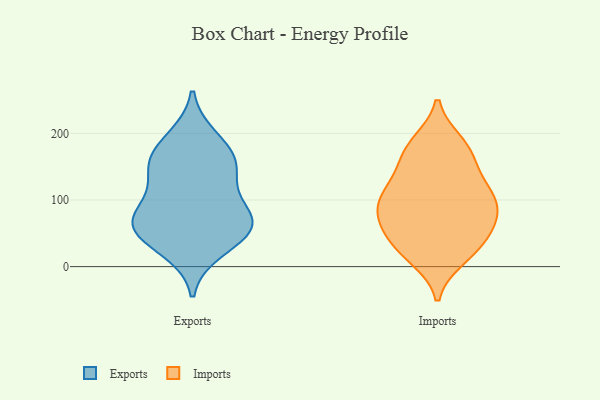
{"axis": {"x": "Active Users", "y": "Value"}, "legend": ["Exports", "Imports"], "data": [{"x": "", "y": 192, "type": "Exports"}, {"x": "", "y": 26, "type": "Exports"}, {"x": "", "y": 142, "type": "Exports"}, {"x": "", "y": 64, "type": "Exports"}, {"x": "", "y": 172, "type": "Exports"}, {"x": "", "y": 84, "type": "Exports"}, {"x": "", "y": 61, "type": "Exports"}, {"x": "", "y": 83, "type": "Exports"}, {"x": "", "y": 157, "type": "Exports"}, {"x": "", "y": 50, "type": "Exports"}, {"x": "", "y": 58, "type": "Exports"}, {"x": "", "y": 139, "type": "Exports"}, {"x": "", "y": 176, "type": "Imports"}, {"x": "", "y": 66, "type": "Imports"}, {"x": "", "y": 93, "type": "Imports"}, {"x": "", "y": 61, "type": "Imports"}, {"x": "", "y": 97, "type": "Imports"}, {"x": "", "y": 102, "type": "Imports"}, {"x": "", "y": 17, "type": "Imports"}, {"x": "", "y": 13, "type": "Imports"}, {"x": "", "y": 161, "type": "Imports"}, {"x": "", "y": 186, "type": "Imports"}, {"x": "", "y": 30, "type": "Imports"}, {"x": "", "y": 104, "type": "Imports"}, {"x": "", "y": 62, "type": "Imports"}, {"x": "", "y": 112, "type": "Imports"}, {"x": "", "y": 183, "type": "Imports"}, {"x": "", "y": 144, "type": "Imports"}, {"x": "", "y": 131, "type": "Imports"}, {"x": "", "y": 88, "type": "Imports"}, {"x": "", "y": 31, "type": "Imports"}, {"x": "", "y": 54, "type": "Imports"}]}